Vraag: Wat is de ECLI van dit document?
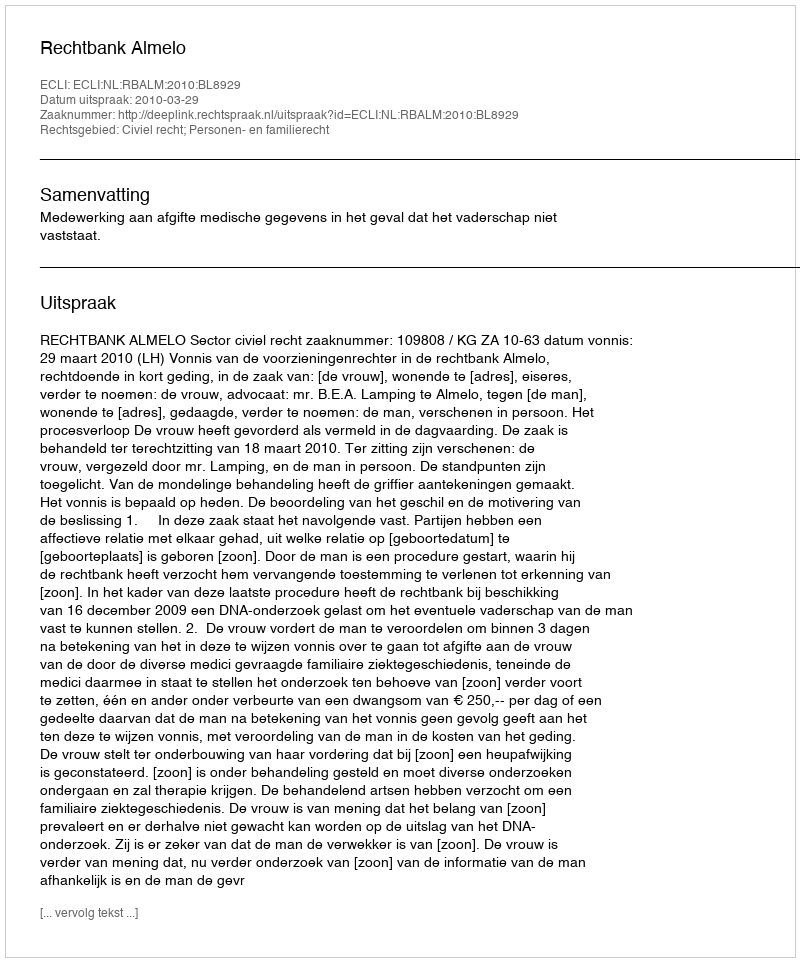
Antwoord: ECLI:NL:RBALM:2010:BL8929